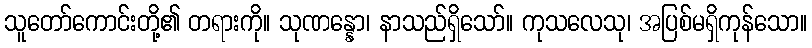
သူတော်ကောင်းတို့၏ တရားကို။ သုဏန္နော၊ နာသည်ရှိသော်။ ကုသလေသု၊ အပြစ်မရှိကုန်သော။